画像に写った文字を読んでください
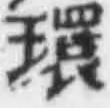
「環」と書いてあります